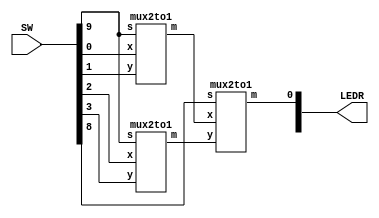
//SW[3:0] data inputs
//SW[9] select signal
//SW[8] select signal

//LEDR[0] output display

module mux4to1(LEDR, SW);
    input [9:0] SW;
    output [9:0] LEDR;

    wire Connection1;
    wire Connection2;

    mux2to1 u0(
        .x(SW[0]),
        .y(SW[1]),
        .s(SW[9]),
        .m(Connection1)
        );

    mux2to1 u1(
        .x(SW[2]),
        .y(SW[3]),
        .s(SW[9]),
        .m(Connection2)
        );

    mux2to1 u2(
        .x(Connection1),
        .y(Connection2),
        .s(SW[8]),
        .m(LEDR[0])
        );
endmodule

module mux2to1(x, y, s, m);
    input x; //selected when s is 0
    input y; //selected when s is 1
    input s; //select signal
    output m; //output
  
    assign m = s & y | ~s & x;
    // OR
    // assign m = s ? y : x;

endmodule